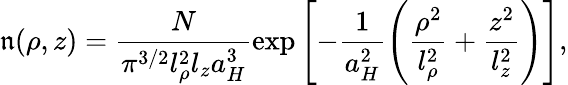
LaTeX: \mathfrak{n}(\mathbf{{\rho}},z)=\frac{{N}}{{\pi^{3/2}l_{\rho}^{2}l_{z}a_{H}^{3}}}\exp\left[-\frac{{1}}{{a_{H}^{2}}}\left(\frac{{\rho^{2}}}{{l_{\rho}^{2}}}+\frac{{z^{2}}}{{l_{z}^{2}}}\right)\right],